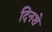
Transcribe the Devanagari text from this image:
दिनशे